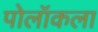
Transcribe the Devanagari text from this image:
पोलॉकला